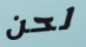
لحن